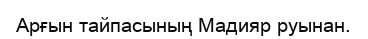
Арғын тайпасының Мадияр руынан.